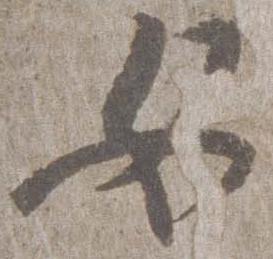
女